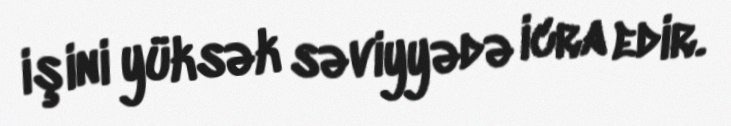
işini yüksək səviyyədə icra edir.